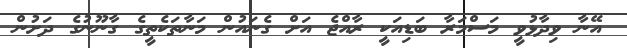
އޭނާ ވިދާޅުވީ މަސްމަރާ ބަޑިއަކީ ރާއްޖެ އަށް ގެނައުން މަނާތަކެތީގެ ގާނޫނުގެ ދަށުން